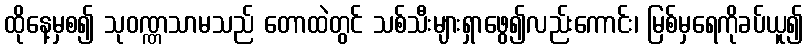
ထိုနေ့မှစ၍ သုဝဏ္ဏသာမသည် တောထဲတွင် သစ်သီးများရှာဖွေ၍လည်းကောင်း၊ မြစ်မှရေကိုခပ်ယူ၍